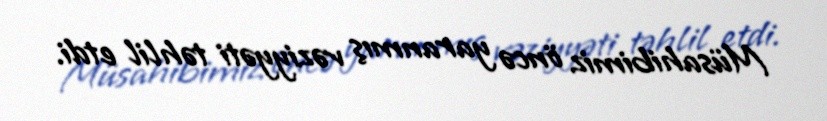
Müsahibimiz öncə yaranmış vəziyyəti təhlil etdi.